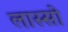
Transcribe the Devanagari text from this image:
लास्सो